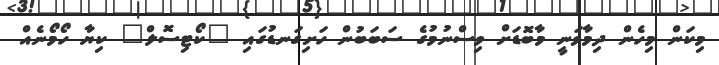
މިކަން މިހެން ދިމާވަނީ މާބޮޑަށް ވިސްނުމުގެ ސަބަބުން ހަށިގަނޑުގައި "ކޯޓިސޮލް" ކިޔާ ހޯމޯނެއް